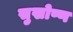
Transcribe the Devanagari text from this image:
सुखोष्ण